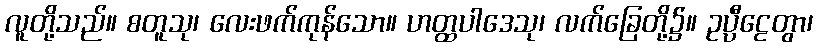
လူတို့သည်။ စတူသု၊ လေးဖက်ကုန်သော။ ဟတ္ထပါဒေသု၊ လက်ခြေတို့၌။ ဥပ္ပီဠေတွာ၊